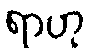
ရာဟု